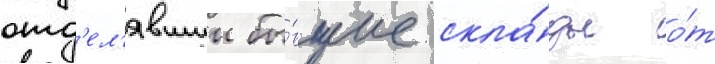
отд'ел'явшии бы́вшие скла́ды о́т